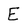
Character: E